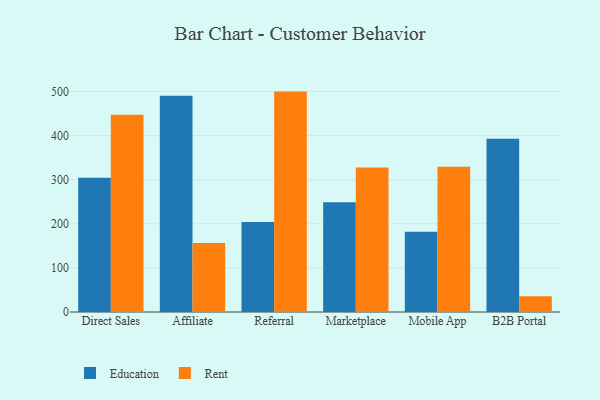
{"axis": {"x": "Channel", "y": "Latency (ms)"}, "legend": ["Education", "Rent"], "data": [{"x": "Direct Sales", "y": 304.7, "type": "Education"}, {"x": "Direct Sales", "y": 447.5, "type": "Rent"}, {"x": "Affiliate", "y": 490.5, "type": "Education"}, {"x": "Affiliate", "y": 156.7, "type": "Rent"}, {"x": "Referral", "y": 203.9, "type": "Education"}, {"x": "Referral", "y": 499.9, "type": "Rent"}, {"x": "Marketplace", "y": 248.8, "type": "Education"}, {"x": "Marketplace", "y": 327.6, "type": "Rent"}, {"x": "Mobile App", "y": 181.8, "type": "Education"}, {"x": "Mobile App", "y": 329.6, "type": "Rent"}, {"x": "B2B Portal", "y": 393.2, "type": "Education"}, {"x": "B2B Portal", "y": 36.0, "type": "Rent"}]}